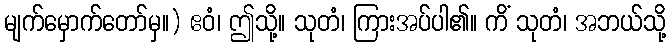
မျက်မှောက်တော်မှ။) ဧဝံ၊ ဤသို့။ သုတံ၊ ကြားအပ်ပါ၏။ ကိံ သုတံ၊ အဘယ်သို့